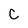
Character: C